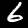
Label: 6